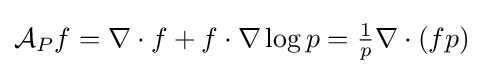
{\mathcal {A}}_{P}f=\nabla \cdot f+f\cdot \nabla \log p=\textstyle {\frac {1}{p}}\nabla \cdot (fp)